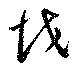
越